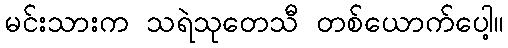
မင်းသားက သရဲသုတေသီ တစ်ယောက်ပေါ့။